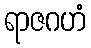
ရာဇဂဟံ